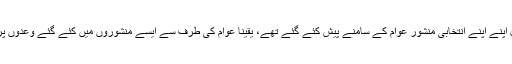
ان تمام سیاسی جماعتوں کی طرف سے عام انتخابات کے انعقاد سے قبل اپنے اپنے انتخابی منشور عوام کے سامنے پیش کئے گئے تھے، یقیناً عوام کی طرف سے ایسے منشوروں میں کئے گئے وعدوں پر یقین کرتے ہوئے اعتماد کے ساتھ انہیں حکومت کرنے کا مینڈیٹ دیا۔